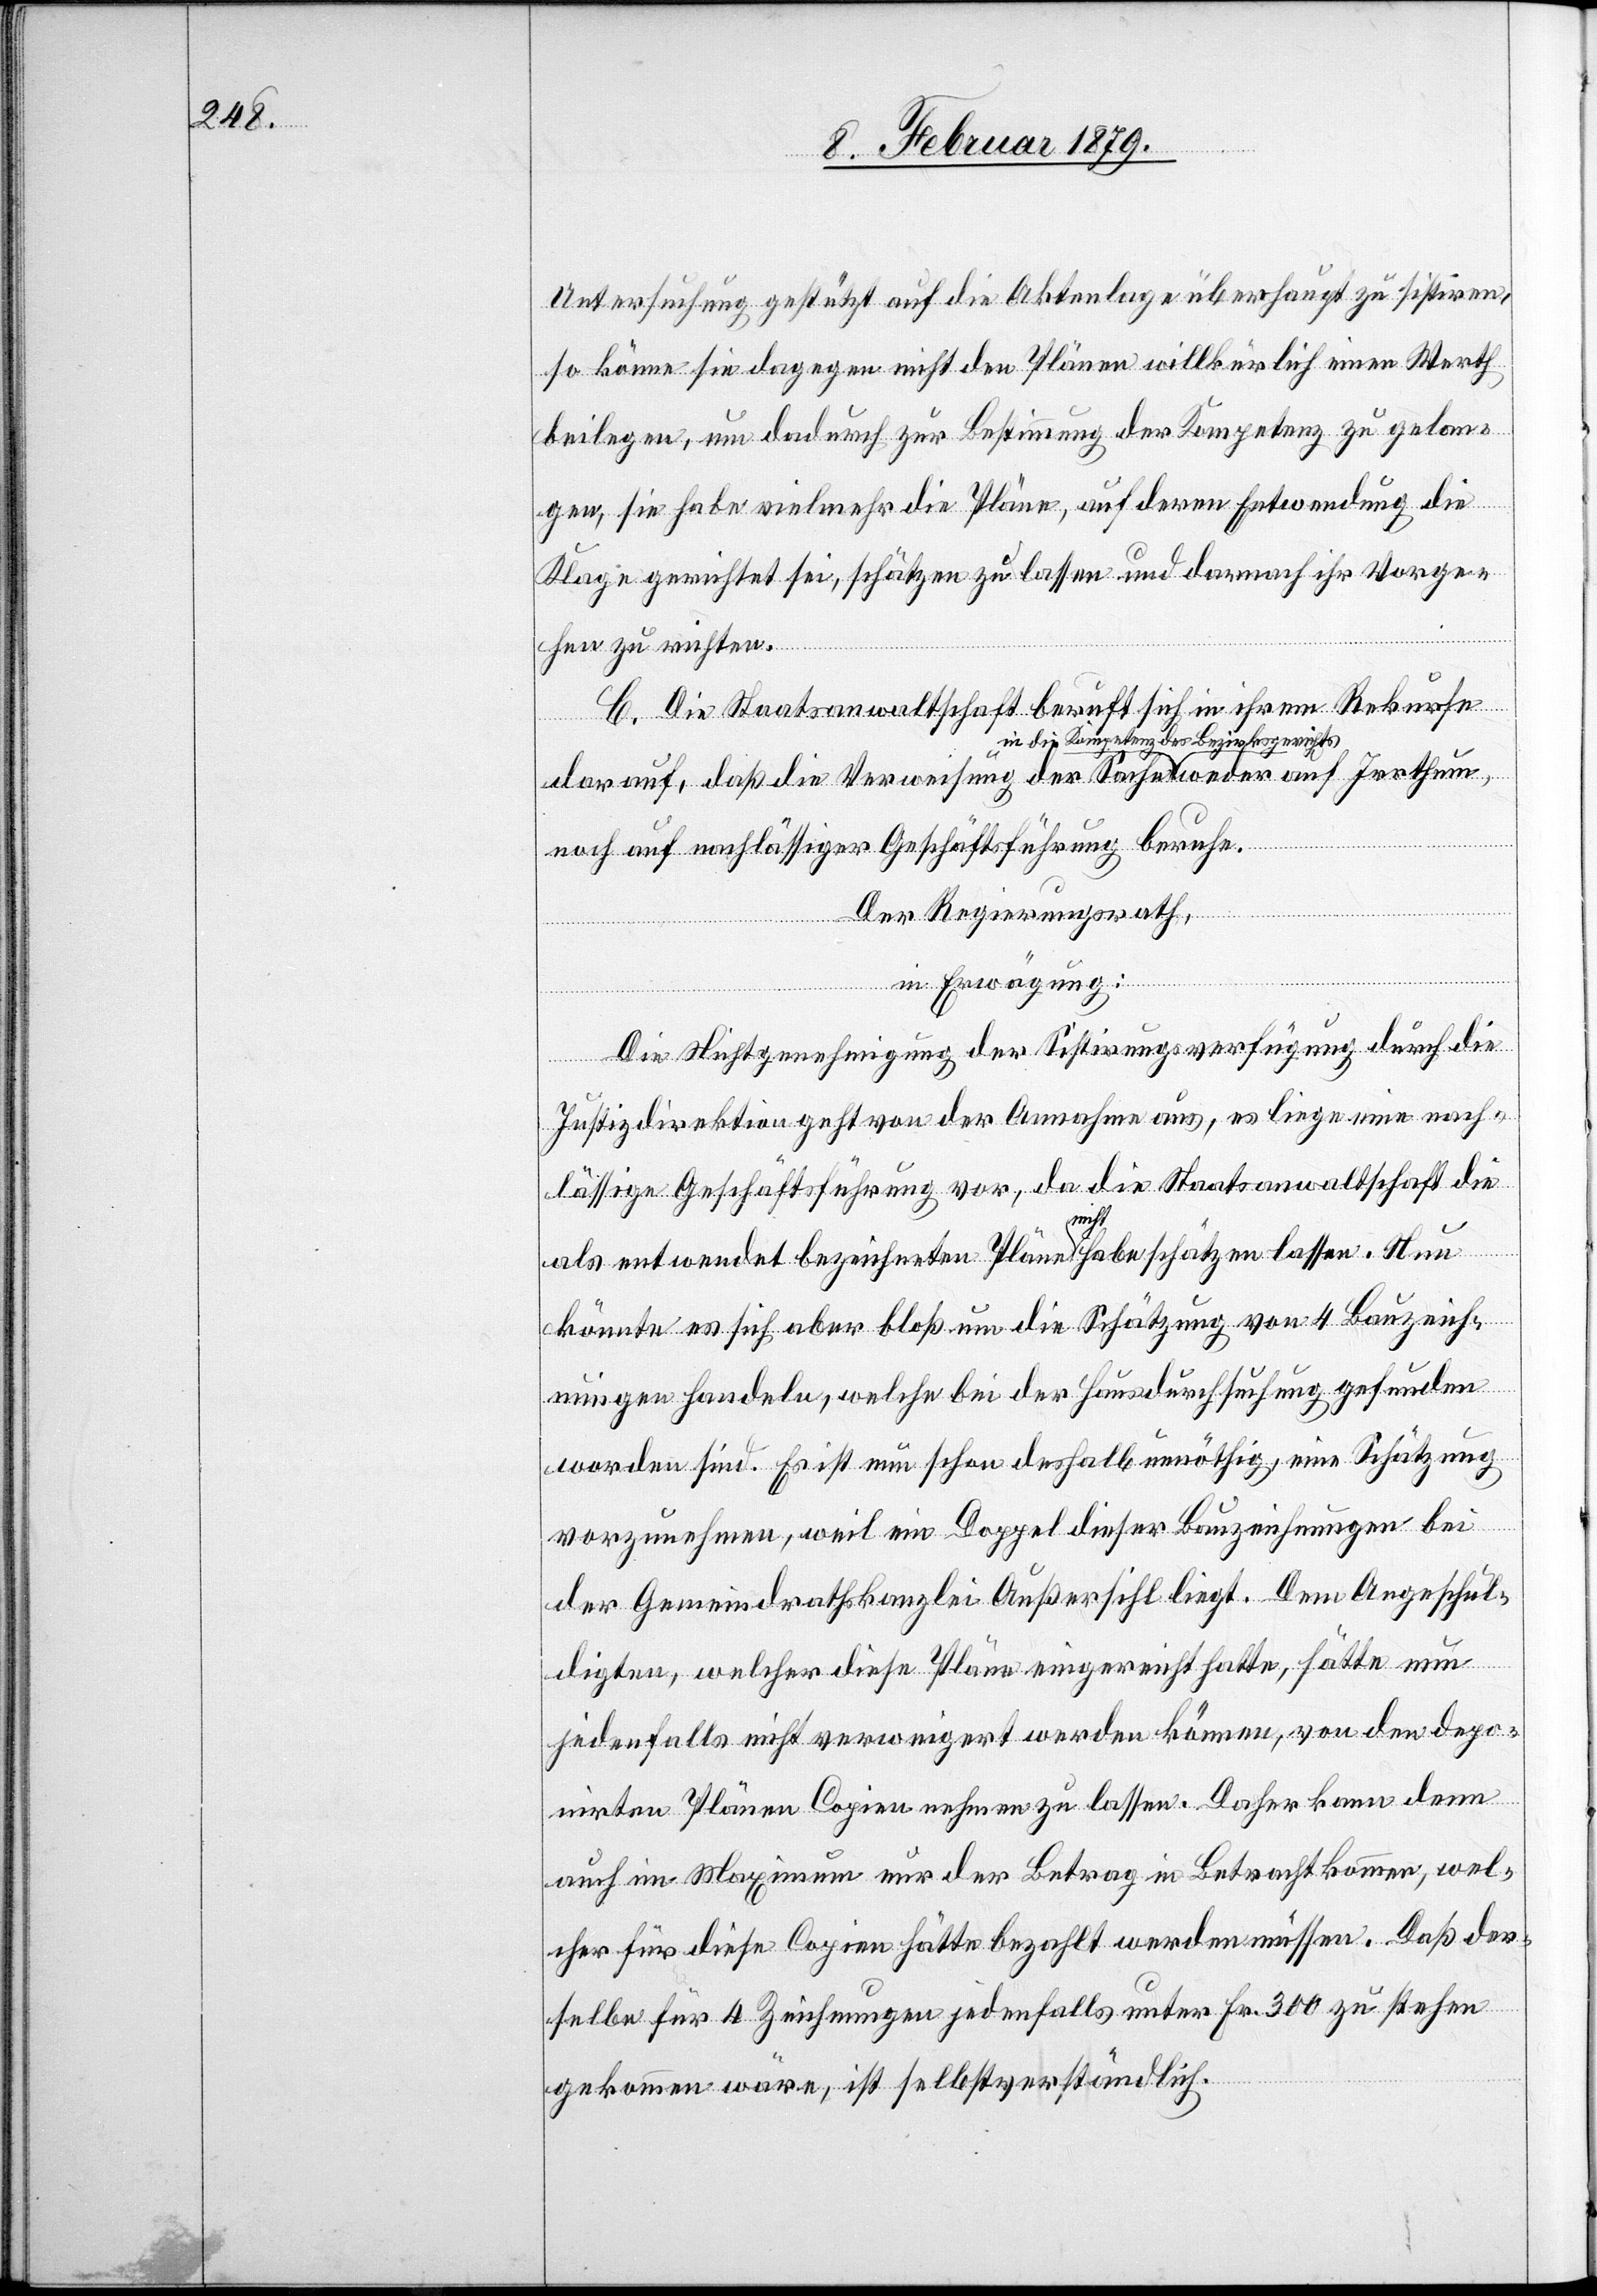
Untersuchung gestützt auf die Aktenlage überhaupt zu sistiren,
so könne sie dagegen nicht den Plänen willkürlich einen Werth
beilegen, um dadurch zur Bestimmung der Kompetenz zu gelan¬
gen, sie habe vielmehr die Pläne, auf deren Entwendung die
Klage gerichtet sei, schätzen zu lassen und darnach ihr Vorge¬
hen zu richten.
C. Die Staatsanwaltschaft beruft sich in ihrem Rekurse
darauf, daß die Verweisung der Sache a-in die Kompetenz
noch auf nachlässiger Geschäftsführung beruhe.
Der Regierungsrath,
Irrthum,
auf
in Erwägung:
Die Nichtgenehmigung der Sistirungsverfügung durch die
des
Justizdirektion geht von der Annahme aus, es liege eine nach¬
lässige Geschäftsführung vor, da die Staatsanwaltschaft die
als entwendet bezeichneten Pläne a-nicht-a habe schätzen lassen. Nun
könnte es sich aber bloß um die Schätzung von 4 Bauzeich¬
nungen handeln, welche bei der Hausdurchsuchung gefunden
worden sind. Es ist nun schon deshalb unnöthig, eine Schätzung
vorzunehmen, weil ein Doppel dieser Bauzeichnungen bei
der Gemeindrathskanzlei Außersihl liegt. Dem Angeschul¬
digten, welcher diese Pläne eingereicht hatte, hätte nun
jedenfalls nicht verweigert werden können, von den depo¬
nirten Plänen Copien machen zu lassen. Daher kann denn
auch im Maximum nur der Betrag in Betracht kommen, wel¬
cher für diese Copien hätte bezahlt werden müssen. Daß der¬
selbe für 4 Zeichnungen jedenfalls unter Fr. 300 zu stehen
gekommen wäre, ist selbstverständlich.